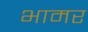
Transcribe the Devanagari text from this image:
भामर